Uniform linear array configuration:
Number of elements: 12
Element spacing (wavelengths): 0.25
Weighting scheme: exponential
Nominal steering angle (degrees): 30
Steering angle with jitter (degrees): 30.15
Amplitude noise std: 0.05
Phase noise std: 0.05

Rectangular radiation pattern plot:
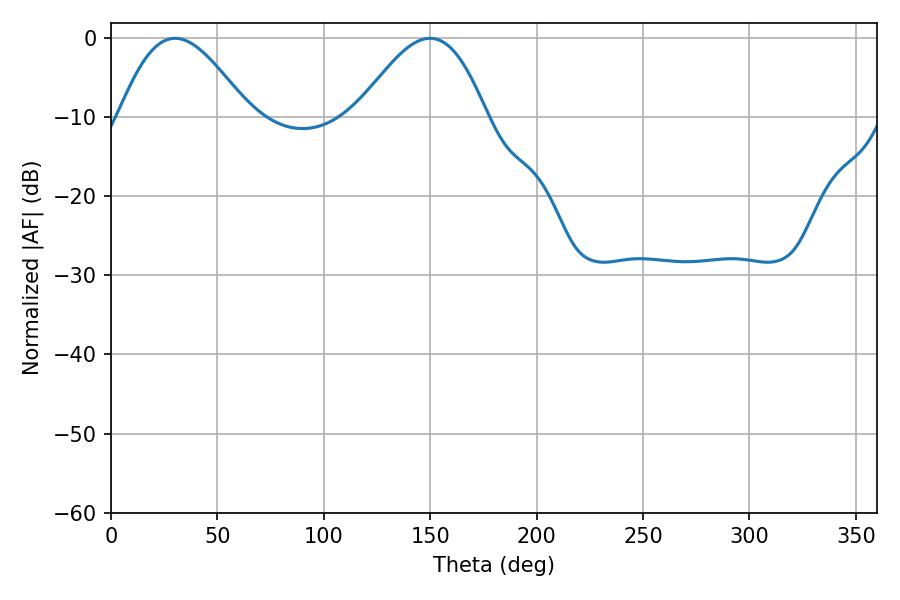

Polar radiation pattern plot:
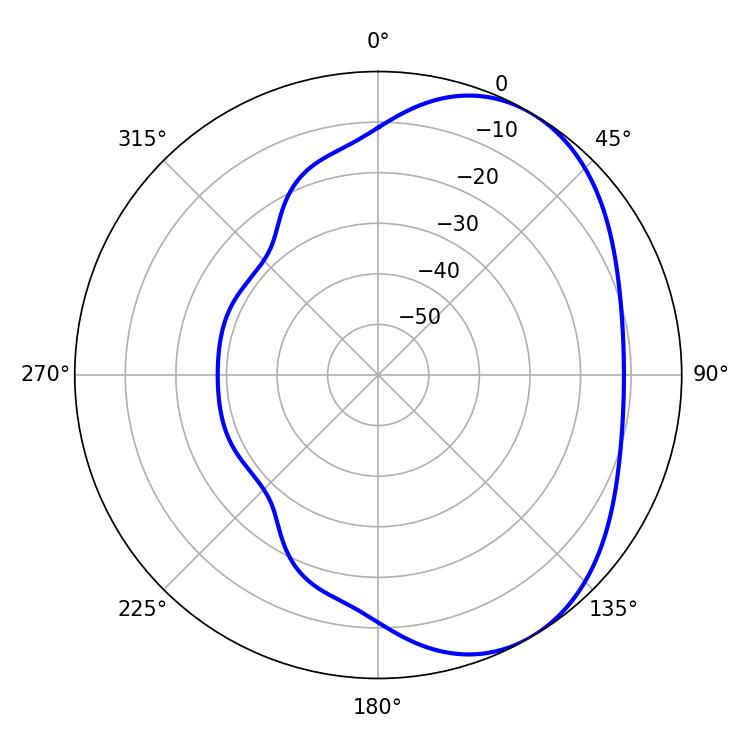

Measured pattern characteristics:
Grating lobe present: FALSE
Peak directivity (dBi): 4.508
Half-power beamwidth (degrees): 32.76
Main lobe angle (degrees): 30.06